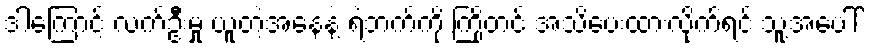
ဒါကြောင့် လက်ဦးမှု ယူတဲ့အနေနဲ့ ရဲဘက်ကို ကြိုတင် အသိပေးထားလိုက်ရင် သူ့အပေါ်